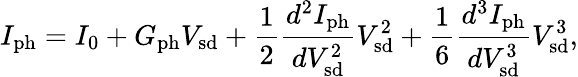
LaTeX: I_{\mathrm{ph}}=I_{0}+G_{\mathrm{ph}}V_{\mathrm{sd}}+\frac{1}{2}\frac{d^{2}I_{\mathrm{ph}}}{dV_{\mathrm{sd}}^{2}}V_{\mathrm{sd}}^{2}+\frac{1}{6}\frac{d^{3}I_{\mathrm{ph}}}{dV_{\mathrm{sd}}^{3}}V_{\mathrm{sd}}^{3},